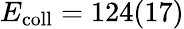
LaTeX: E_{\mathrm{coll}}=124(17)